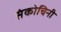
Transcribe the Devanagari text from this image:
संकोचिनी